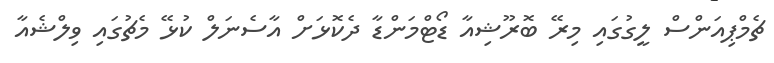
ޗެމްޕިއަންސް ލީގުގައި މިރޭ ބޮރޫޝިއާ ޑޯޓްމަންޑާ ދެކޮޅަށް އާސެނަލް ކުޅޭ މެޗުގައި ވިލްޝެއާ